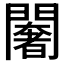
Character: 𨶶